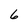
Character: 6